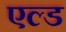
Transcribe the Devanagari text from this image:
एल्ड